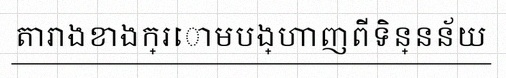
តារាងខាងក្រោមបង្ហាញពីទិន្នន័យ